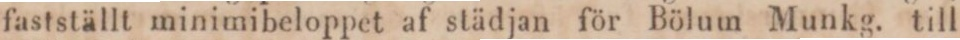
fastställt minimibeloppet af städjan för Bölum Munkg. till